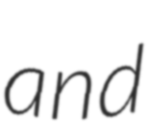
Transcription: and